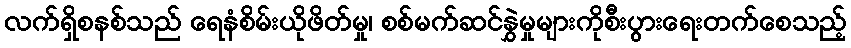
လက်ရှိစနစ်သည် ရေနံစိမ်းယိုဖိတ်မှု၊ စစ်မက်ဆင်နွှဲမှုများကိုစီးပွားရေးတက်စေသည့်